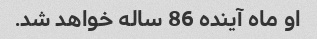
او ماه آینده 86 ساله خواهد شد.